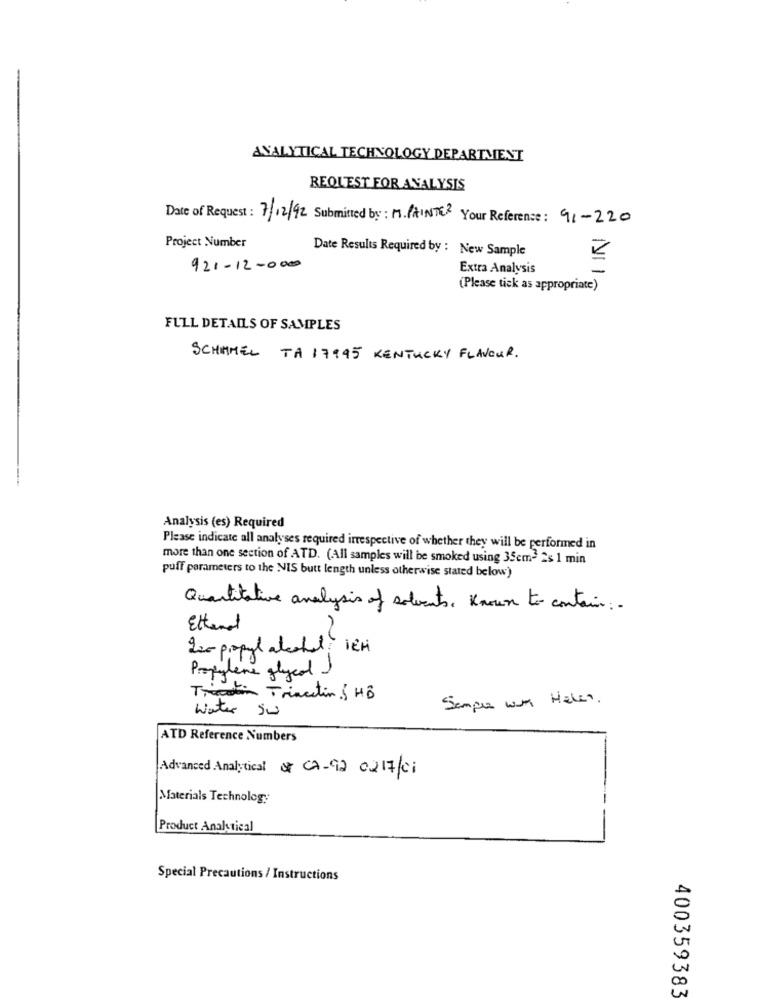
ANALYTICAL TECHNOLOGY DEPARTMENT
REQUEST FOR ANALYSIS
Date of Request: 7/12/92 Submitted by: M. PAINTER Your Reference: 91-220
Project Number
Date Results Required by : New Sample
921-12-000
Extra Analysis
(Please tick as appropriate)
FULL DETAILS OF SAMPLES
SCHIMMEL TA 17995 KENTUCKY FLAVOUR.
Analysis (es) Required
Please indicate all analyses required irrespective of whether they will be performed in
more than one section of ATD. (All samples will be smoked using 35em- 2s 1 min
puff parameters to the NIS butt length unless otherwise stated below)
Quantitative analysis of solvents, Known to contain :.
Ethanol
220 propyl alcohol 1Er
Propylene glycol
Trecation Traction { HB
Sample wir Haben.
water si
ATD Reference Numbers
Advanced Analytical & CA-92 0217/01
Materials Technology
Product Analytical
Special Precautions / Instructions
400359383